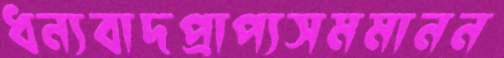
ধন্যবাদপ্রাপ্যসমমানন